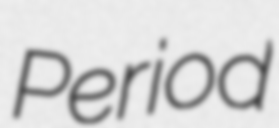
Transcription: Period